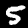
Digit: 5